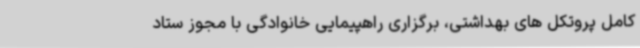
کامل پروتکل های بهداشتی، برگزاری راهپیمایی خانوادگی با مجوز ستاد